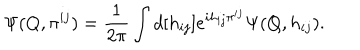
\Psi ( Q , \pi ^ { i j } ) = \frac { 1 } { 2 \pi } \int d [ h _ { i j } ] e ^ { i h _ { i j } \pi ^ { i j } } \Psi ( Q , h _ { i j } ) .